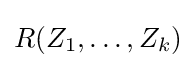
R(Z_{1},\dots ,Z_{k})